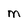
Character: M